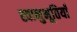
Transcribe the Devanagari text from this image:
स्वानुभूतियाँ